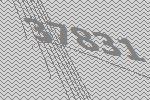
37831